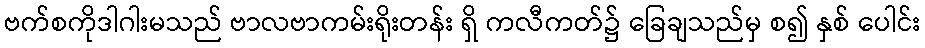
ဗက်စကိုဒါဂါးမသည် ဗာလဗာကမ်းရိုးတန်း ရှိ ကလီကတ်၌ ခြေချသည်မှ စ၍ နှစ် ပေါင်း